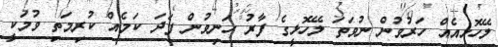
ލޭހޮޅިއެއް ހަރުވުން ނުވަތަ ލޭހޮޅީގެ ފާރު ހަނިވުން ފަދަ ކަމެއް ކުރިމަތި ވުމަކީ